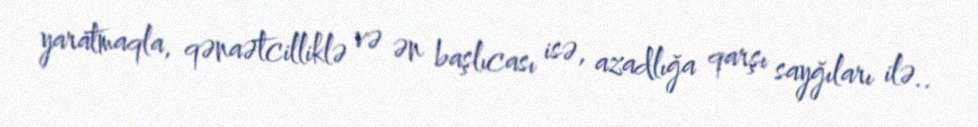
yaratmaqla, qənaətcilliklə və ən başlıcası isə, azadlığa qarşı sayğıları ilə..